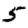
Digit: 5